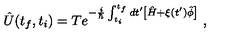
\hat { U } ( t _ { f } , t _ { i } ) = T e ^ { - \frac { i } { \hbar } \int _ { t _ { i } } ^ { t _ { f } } d t ^ { \prime } \left[ \hat { H } + \xi ( t ^ { \prime } ) \hat { \phi } \right] } \ ,